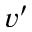
v ^ { \prime }